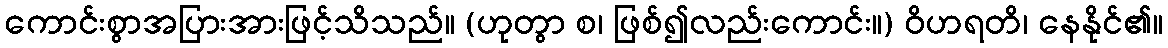
ကောင်းစွာအပြားအားဖြင့်သိသည်။ (ဟုတွာ စ၊ ဖြစ်၍လည်းကောင်း။) ဝိဟရတိ၊ နေနိုင်၏။